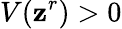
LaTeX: V(\mathbf{z}^{r})>0